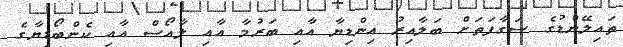
ތައިލޭންޑުގެ ސަގާފަތަށް ބަލާއިރު އިންޑިޔާ އާއި ބަރުމާ އާއި ލާއޯސް އާއި ކެންބޯޑިޔާގެ